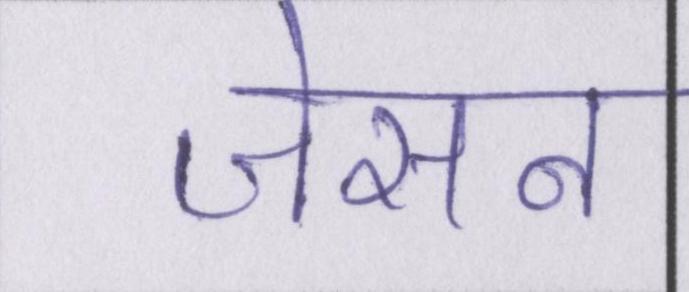
जेसन